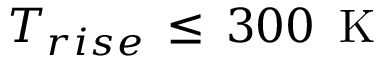
T _ { r i s e } \, \leq \, 3 0 0 \, \mathrm { ~ K ~ }